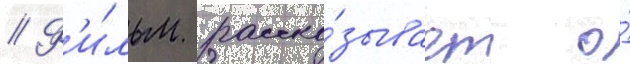
// Ф'и́льм расска́зывает о́